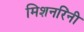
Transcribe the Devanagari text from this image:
मिशनरिंनी